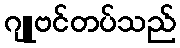
ဂျူဗင်တပ်သည်